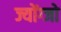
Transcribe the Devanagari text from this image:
ज्योंग्जो